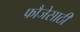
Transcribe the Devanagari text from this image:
फौजेसाठी